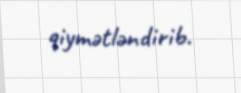
qiymətləndirib.